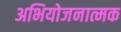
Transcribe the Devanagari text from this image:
अभियोजनात्मक